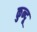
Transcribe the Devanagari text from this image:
कुन्दू